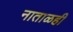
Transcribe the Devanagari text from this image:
नाताळही